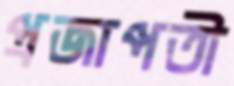
প্রজাপতী